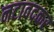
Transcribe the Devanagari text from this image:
नटावदकर